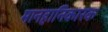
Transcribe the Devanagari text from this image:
मानहानिकारक